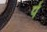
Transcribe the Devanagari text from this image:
र्प